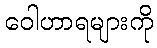
ဝေါဟာရများကို